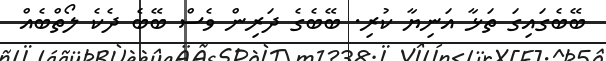
ބޭބެގައިގަ ތަޅާ އަނިޔާ ކުރި. ބޭބެގެ ދަރިން ވެސް ބޭބެ ދެކެ ލޯތްބެއް